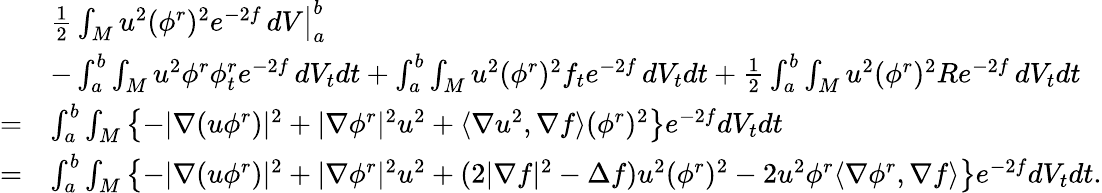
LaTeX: \begin{array}{rl}&{\left.\frac{1}{2}\int_{M}u^{2}(\phi^{r})^{2}e^{-2f}\, dV\right|_{a}^{b}}\\ &{-\int_{a}^{b}\int_{M}u^{2}\phi^{r}\phi_{t}^{r}e^{-2f}\, dV_{t}dt+\int_{a}^{b}\int_{M}u^{2}(\phi^{r})^{2}f_{t}e^{-2f}\, dV_{t}dt+\frac{1}{2}\int_{a}^{b}\int_{M}u^{2}(\phi^{r})^{2}Re^{-2f}\, dV_{t}dt}\\ {=}&{\int_{a}^{b}\int_{M}\left\{ -|\nabla(u\phi^{r})|^{2}+|\nabla\phi^{r}|^{2}u^{2}+\langle\nabla u^{2},\nabla f\rangle(\phi^{r})^{2}\right\} e^{-2f}dV_{t}dt}\\ {=}&{\int_{a}^{b}\int_{M}\left\{ -|\nabla(u\phi^{r})|^{2}+|\nabla\phi^{r}|^{2}u^{2}+(2|\nabla f|^{2}-\Delta f)u^{2}(\phi^{r})^{2}-2u^{2}\phi^{r}\langle\nabla\phi^{r},\nabla f\rangle\right\} e^{-2f}dV_{t}dt.}\end{array}